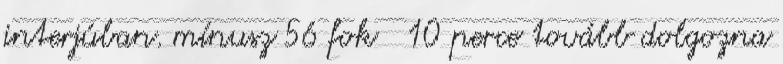
interjúban. mínusz 56 fok 10 perce tovább dolgozna